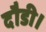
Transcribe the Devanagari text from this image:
दौडी।